Annual administration report of the Civil Veterinary Department, Sind - 1943-1944
Year: 1943
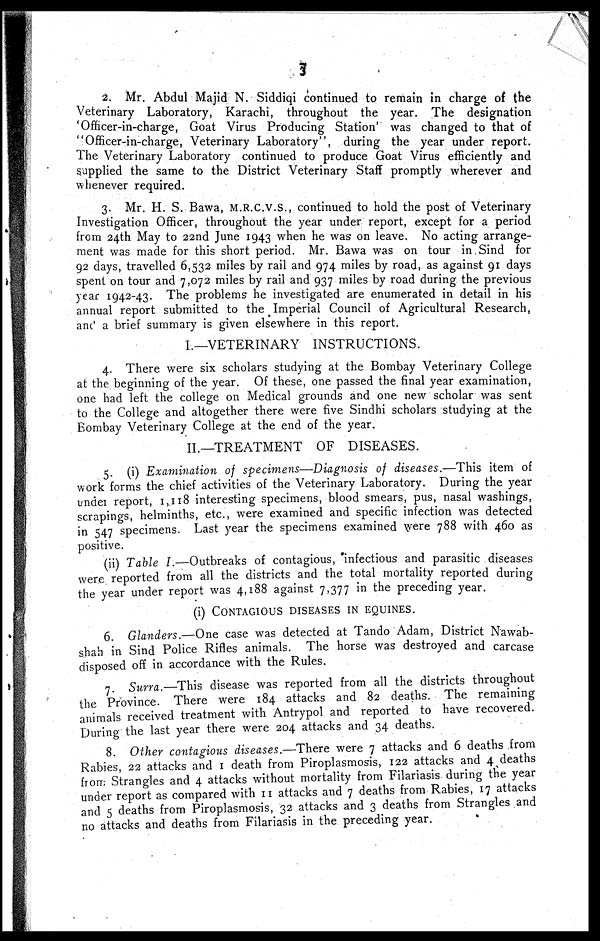
3
2. Mr. Abdul Majid N. Siddiqi continued to remain in charge of the
Veterinary Laboratory, Karachi, throughout the year. The designation
Officer-in-charge, Goat Virus Producing Station' was changed to that of
"Officer-in-charge, Veterinary Laboratory", during the year under report.
The Veterinary Laboratory continued to produce Goat Virus efficiently and
supplied the same to the District Veterinary Staff promptly wherever and
whenever required.
3. Mr. H. S. Bawa, M.R.C.V.S., continued to hold the post of Veterinary
Investigation Officer, throughout the year under report, except for a period
from 24th May to 22nd June 1943 when he was on leave. No acting arrange-
ment was made for this short period. Mr. Bawa was on tour in Sind for
92 days, travelled 6,532 miles by rail and 974 miles by road, as against 91 days
spent on tour and 7,072 miles by rail and 937 miles by road during the previous
year 1942-43. The problems he investigated are enumerated in detail in his
annual report submitted to the Imperial Council of Agricultural Research,
and a brief summary is given elsewhere in this report.
I.—VETERINARY INSTRUCTIONS.
4. There were six scholars studying at the Bombay Veterinary College
at the beginning of the year. Of these, one passed the final year examination,
one had left the college on Medical grounds and one new scholar was sent
to the College and altogether there were five Sindhi scholars studying at the
Bombay Veterinary College at the end of the year.
II.—TREATMENT OF DISEASES.
5. (i) Examination of specimens—Diagnosis of diseases.—This item of
work forms the chief activities of the Veterinary Laboratory. During the year
under report, 1,118 interesting specimens, blood smears, pus, nasal washings,
scrapings, helminths, etc., were examined and specific infection was detected
in 547 specimens. Last year the specimens examined were 788 with 460 as
positive.
(ii) Table I.—Outbreaks of contagious, infectious and parasitic diseases
were reported from all the districts and the total mortality reported during
the year under report was 4,188 against 7,377 in the preceding year.
(i)
CONTAGIOUS DISEASES IN EQUINES.
6. Glanders.—One case was detected at Tando Adam, District Nawab-
shah in Sind Police Rifles animals. The horse was destroyed and carcase
disposed off in accordance with the Rules.
7. Surra.—This disease was reported from all the districts throughout
the Province. There were 184 attacks and 82 deaths. The remaining
animals received treatment with Antrypol and reported to have recovered.
During the last year there were 204 attacks and 34 deaths.
8. Other contagious diseases.—-There were 7 attacks and 6 deaths from
Rabies, 22 attacks and 1 death from Piroplasmosis, 122 attacks and 4 deaths
from Strangles and 4 attacks without mortality from Filariasis during the year
under report as compared with 11 attacks and 7 deaths from Rabies, 17 attacks
and 5 deaths from Piroplasmosis, 32 attacks and 3 deaths from Strangles and
no attacks and deaths from Filariasis in the preceding year.